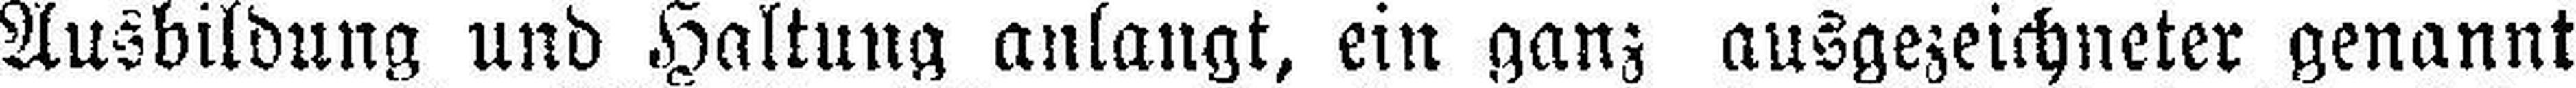
Ausbildung und Haltung anlangt, ein ganz ausgezeichneter genannt